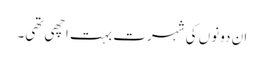
ان دونوں کی شہرت بہت اچھی تھی۔